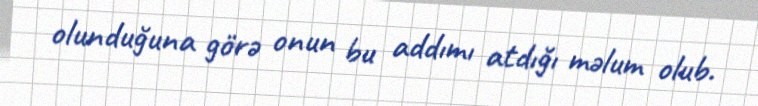
olunduğuna görə onun bu addımı atdığı məlum olub.